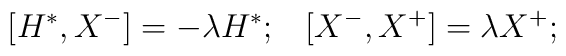
[H^*,X^-] = - \lambda H^*; \; \; \; [X^-,X^+] = \lambda X^+;